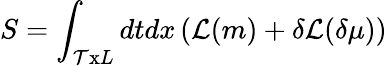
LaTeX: S=\int_{\mathcal{T}\textrm{{x}}L}dtdx\left({\cal{\mathcal{{L}}}}(m)+\delta{\cal{\mathcal{{L}}}}(\delta\mu)\right)